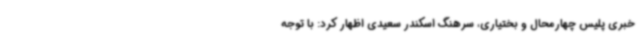
خبری پلیس چهارمحال و بختیاری، سرهنگ اسکندر سعیدی اظهار کرد: با توجه